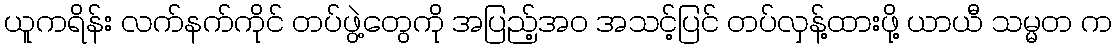
ယူကရိန်း လက်နက်ကိုင် တပ်ဖွဲ့တွေကို အပြည့်အဝ အသင့်ပြင် တပ်လှန့်ထားဖို့ ယာယီ သမ္မတ က